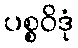
ပစ္စဝိဒုံ